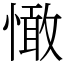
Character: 㦑